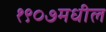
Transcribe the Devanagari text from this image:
१९०७मधील